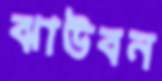
ঝাউবন